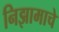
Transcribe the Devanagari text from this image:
निझामाचे